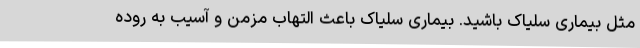
مثل بیماری سلیاک باشید. بیماری سلیاک باعث التهاب مزمن و آسیب به روده